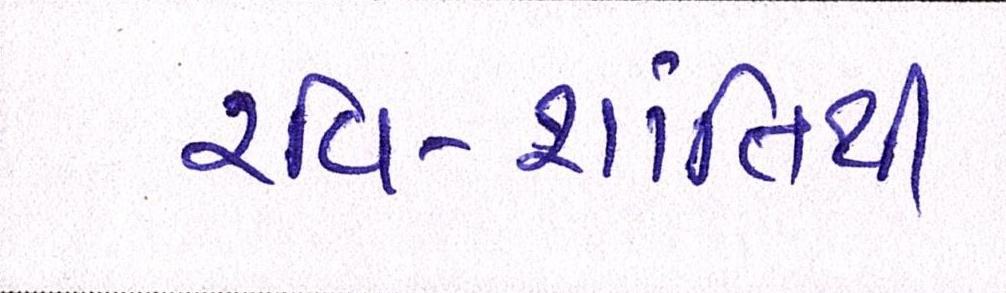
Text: રવિ-શાંતિથી